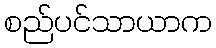
စည်ပင်သာယာက